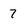
Character: 7